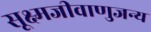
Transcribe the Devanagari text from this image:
सूक्ष्मजीवाणुजन्य